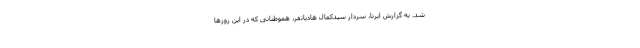
شد. به گزارش ایرنا، سردار سیدکمال هادیانفر، هموطنانی که در این روزها